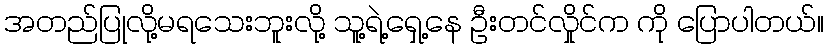
အတည်ပြုလို့မရသေးဘူးလို့ သူ့ရဲ့ရှေ့နေ ဦးတင်လှိုင်က ကို ပြောပါတယ်။